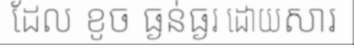
ដែល ខូច ធ្ងន់ធ្ងរ ដោយសារ